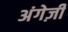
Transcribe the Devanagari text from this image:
अंगेज़ी